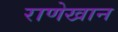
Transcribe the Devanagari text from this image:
राणेखान